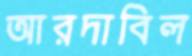
আরদাবিল